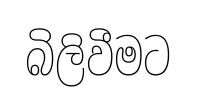
බිලිවීමට